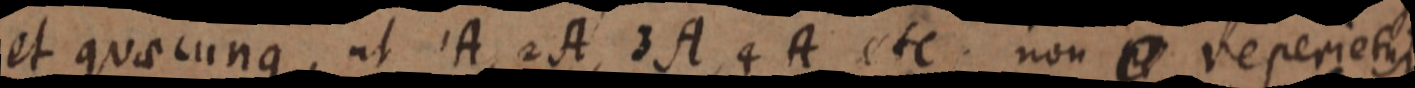
et quaecunque, ut 1A, 2A, 3A, 4A etc. non _ reperietui